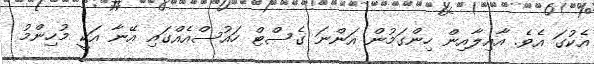
އެކުގަ އެވެ. އާއިލާއިން ހިންގަމުން އަންނަ ގެސްޓް ހައުސްއެއްގައި އޭނާ އަކީ މުހިންމު